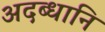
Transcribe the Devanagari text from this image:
अदब्धानि